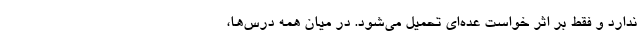
ندارد و فقط بر اثر خواست عده‌ای تحمیل می‌شود. در میان همه درس‌ها،